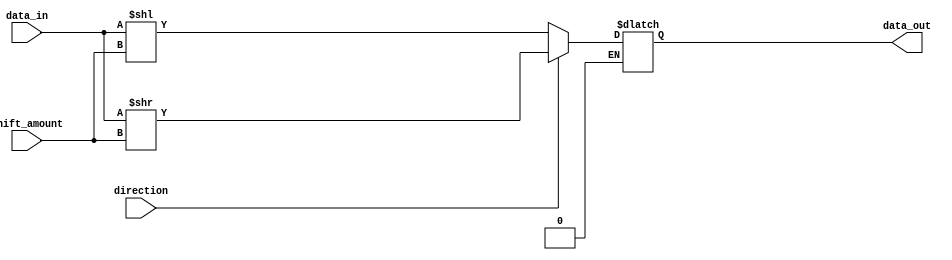
module BarrelShifter(
  input [7:0] data_in,
  input [2:0] shift_amount,
  input direction, // 0 for left shift, 1 for right shift
  output reg [7:0] data_out
);

always @(*)
begin
  // Left shift
  if(direction == 0)
    data_out = data_in << shift_amount;
  // Right shift
  else if(direction == 1)
    data_out = data_in >> shift_amount;
end

endmodule